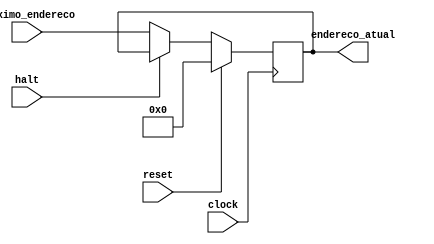
module programCounter(proximo_endereco, endereco_atual, clock, reset, halt);
	
	// input 
	input [31:0] proximo_endereco;
	input clock, reset, halt;
	
	// output
	output reg [31:0] endereco_atual;
	
	// registradores
	//reg [31:0] registrador_pc;
	
	
	always @ (posedge clock) begin
	
		if(reset) begin
			endereco_atual = 0;
		end
		else if(halt) begin
		
		end
		else begin
			endereco_atual = proximo_endereco;
		end
	end 
endmodule